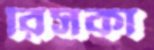
রিসকা